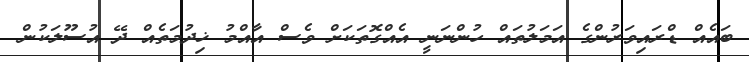
ބައެއް ޑްރައިވަރުންގެ އަމަލުތައް ހުންނަނީ އެއްގޮތަކަށް ވެސް އާއްމު ޚިދުމަތެއް ދޭ އުސޫލަކުން